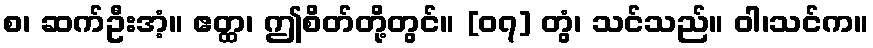
စ၊ ဆက်ဦးအံ့။ ဧတ္ထ၊ ဤစိတ်တို့တွင်။ [၀၇] တွံ၊ သင်သည်။ ဝါ၊သင်က။